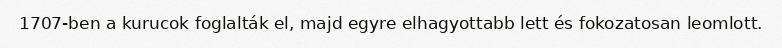
1707-ben a kurucok foglalták el, majd egyre elhagyottabb lett és fokozatosan leomlott.